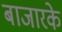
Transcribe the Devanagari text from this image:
बाजारके